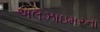
અલઝાઇમરના